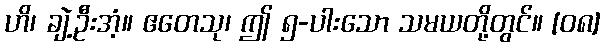
ဟိ၊ ချဲ့ဦးအံ့။ ဧတေသု၊ ဤ ၅-ပါးသော သမယတို့တွင်။ [၀၈]